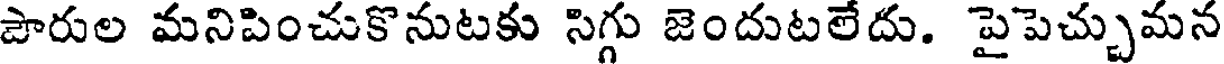
పౌరుల మనిపించుకొనుటకు సిగ్గు జెందుటలేదు. పైపెచ్చుమన